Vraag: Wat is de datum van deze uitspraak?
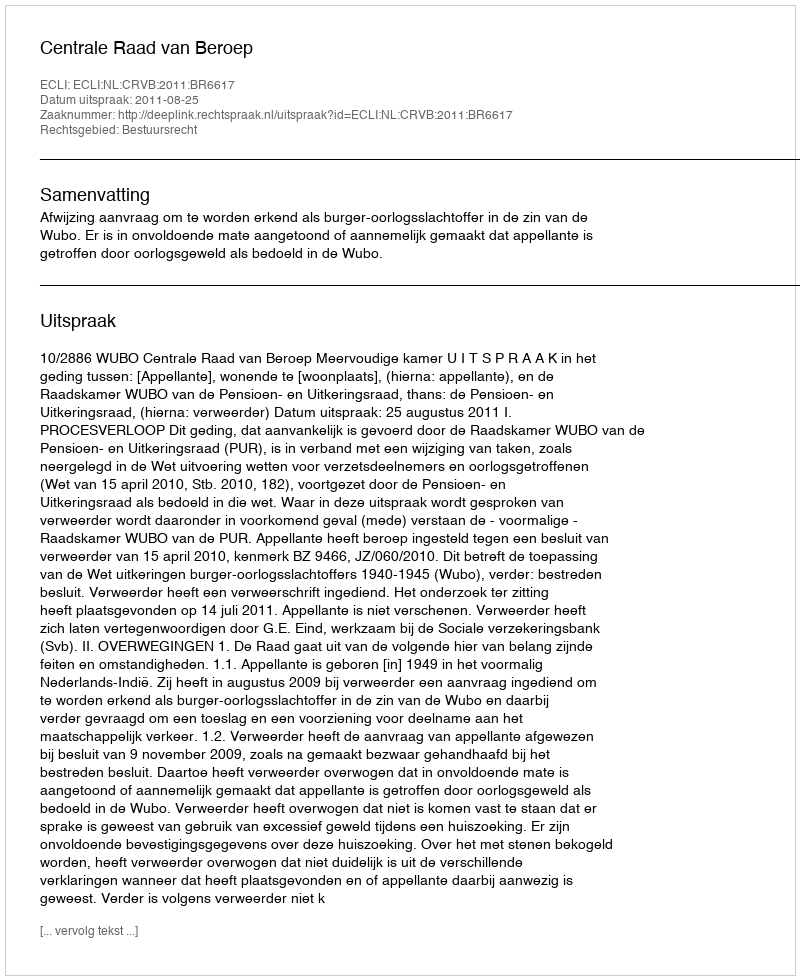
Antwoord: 2011-08-25